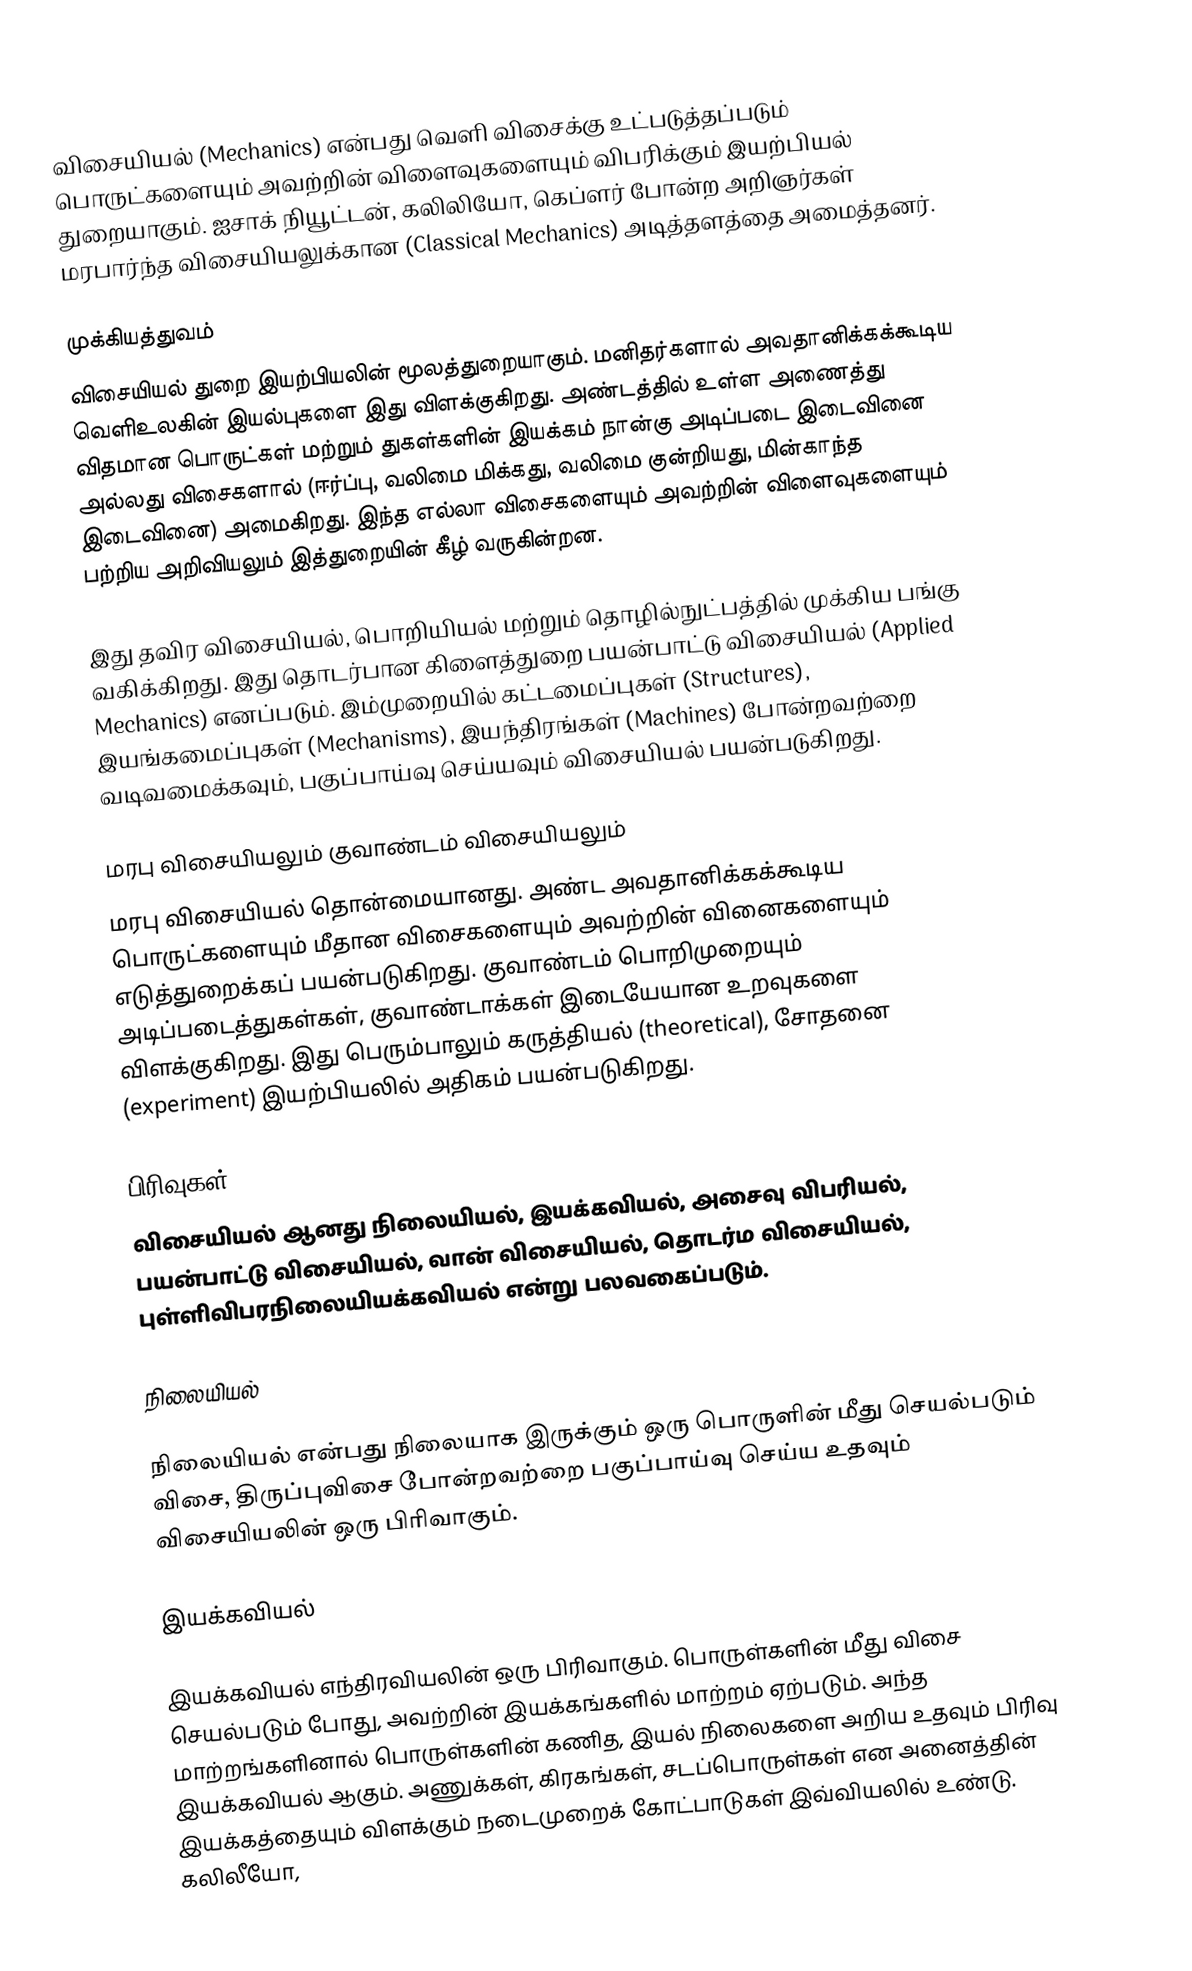
விசையியல் (Mechanics) என்பது வெளி விசைக்கு உட்படுத்தப்படும் பொருட்களையும் அவற்றின் விளைவுகளையும் விபரிக்கும் இயற்பியல் துறையாகும். ஐசாக் நியூட்டன், கலிலியோ, கெப்ளர் போன்ற அறிஞர்கள் மரபார்ந்த விசையியலுக்கான (Classical Mechanics) அடித்தளத்தை அமைத்தனர்.

முக்கியத்துவம்
விசையியல் துறை இயற்பியலின் மூலத்துறையாகும். மனிதர்களால் அவதானிக்கக்கூடிய வெளிஉலகின்  இயல்புகளை இது விளக்குகிறது. அண்டத்தில் உள்ள அணைத்து விதமான பொருட்கள் மற்றும் துகள்களின் இயக்கம் நான்கு அடிப்படை இடைவினை அல்லது விசைகளால் (ஈர்ப்பு, வலிமை மிக்கது, வலிமை குன்றியது, மின்காந்த இடைவினை) அமைகிறது. இந்த எல்லா விசைகளையும் அவற்றின் விளைவுகளையும் பற்றிய அறிவியலும் இத்துறையின் கீழ் வருகின்றன.

இது தவிர விசையியல், பொறியியல் மற்றும் தொழில்நுட்பத்தில் முக்கிய பங்கு வகிக்கிறது. இது தொடர்பான கிளைத்துறை பயன்பாட்டு விசையியல் (Applied Mechanics) எனப்படும். இம்முறையில் கட்டமைப்புகள் (Structures), இயங்கமைப்புகள் (Mechanisms), இயந்திரங்கள் (Machines) போன்றவற்றை வடிவமைக்கவும், பகுப்பாய்வு செய்யவும் விசையியல் பயன்படுகிறது.

மரபு விசையியலும் குவாண்டம் விசையியலும்
மரபு விசையியல் தொன்மையானது. அண்ட அவதானிக்கக்கூடிய பொருட்களையும் மீதான விசைகளையும் அவற்றின் வினைகளையும் எடுத்துறைக்கப் பயன்படுகிறது. குவாண்டம் பொறிமுறையும் அடிப்படைத்துகள்கள், குவாண்டாக்கள் இடையேயான உறவுகளை விளக்குகிறது. இது பெரும்பாலும் கருத்தியல் (theoretical), சோதனை (experiment) இயற்பியலில் அதிகம் பயன்படுகிறது.

பிரிவுகள்
விசையியல் ஆனது நிலையியல், இயக்கவியல், அசைவு விபரியல், பயன்பாட்டு விசையியல், வான் விசையியல், தொடர்ம விசையியல், புள்ளிவிபரநிலையியக்கவியல் என்று பலவகைப்படும்.

நிலையியல்

நிலையியல் என்பது நிலையாக இருக்கும் ஒரு பொருளின் மீது செயல்படும் விசை, திருப்புவிசை போன்றவற்றை பகுப்பாய்வு செய்ய உதவும் விசையியலின் ஒரு பிரிவாகும்.

இயக்கவியல்

இயக்கவியல் எந்திரவியலின் ஒரு பிரிவாகும். பொருள்களின் மீது விசை செயல்படும் போது, அவற்றின் இயக்கங்களில் மாற்றம் ஏற்படும். அந்த மாற்றங்களினால் பொருள்களின் கணித, இயல் நிலைகளை அறிய உதவும் பிரிவு இயக்கவியல் ஆகும். அணுக்கள், கிரகங்கள், சடப்பொருள்கள் என அனைத்தின் இயக்கத்தையும் விளக்கும் நடைமுறைக் கோட்பாடுகள் இவ்வியலில் உண்டு. கலிலீயோ,